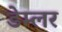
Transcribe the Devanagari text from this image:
डेम्लर